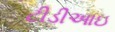
ટીડીઆઇ